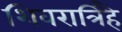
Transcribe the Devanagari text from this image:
शिवरात्रिहै